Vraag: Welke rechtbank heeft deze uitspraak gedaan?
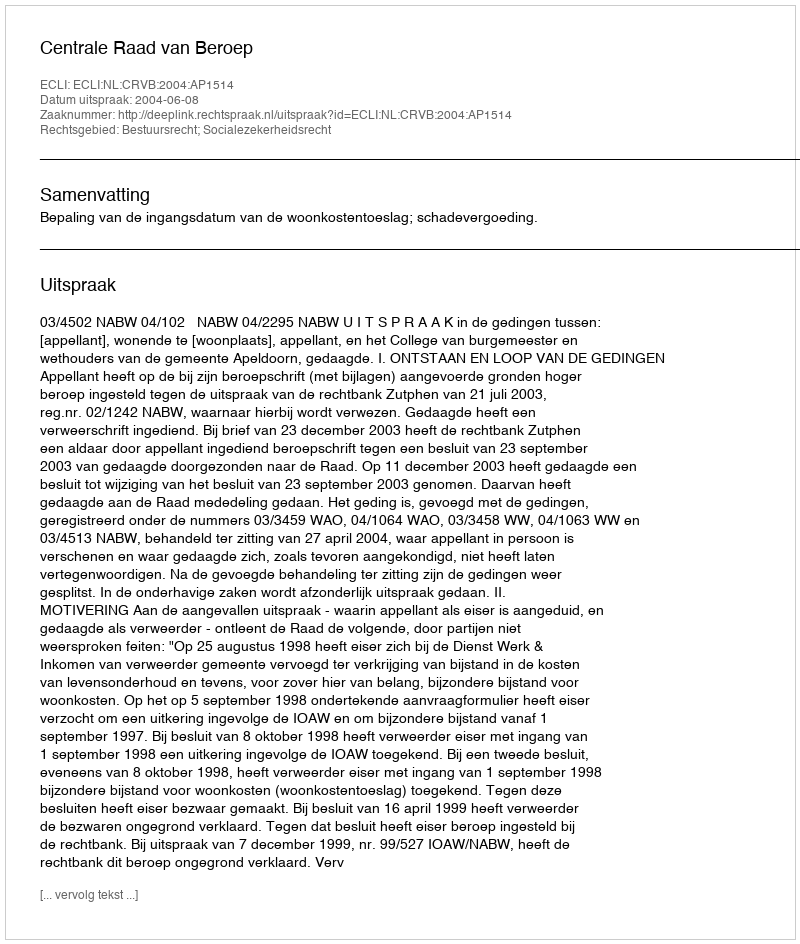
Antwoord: Centrale Raad van Beroep